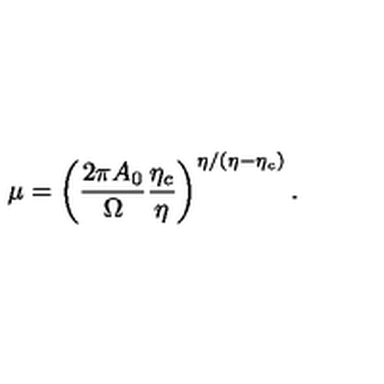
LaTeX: \mu = \left( \frac { 2 \pi A _ { 0 } } { \Omega } \frac { \eta _ { c } } { \eta } \right) ^ { \eta / ( \eta - \eta _ { c } ) } .